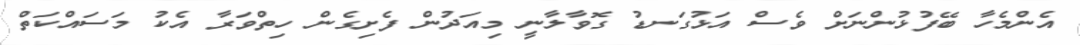
އެންމެހާ ބޭފުޅުންނަށް ވެސް އަޅުގަނޑު ގޮވާލާނީ މިއަދުން ފެށިގެން ހިތްވަރާ އެކު މަސައްކަތް